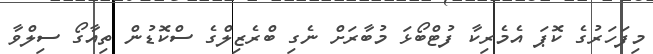
މިފަހަރުގެ ކޮޕަ އެމެރިކާ ފުޓްބޯޅަ މުބާރަށް ނެގި ބްރެޒިލްގެ ސްކޮޑުން ތިއާގޯ ސިލްވާ